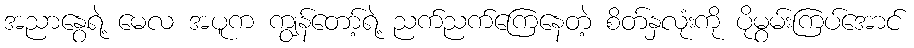
အညာနွေရဲ့ မေလ အပူက ကျွန်တော့်ရဲ့ ညက်ညက်ကြေနေတဲ့ စိတ်နှလုံးကို ပိုမွမ်းကြပ်အောင်